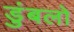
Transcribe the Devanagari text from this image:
डुंबलो